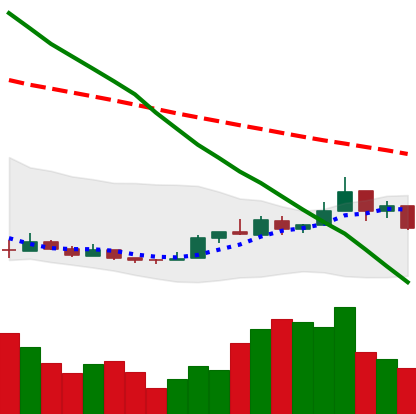
Ticker: NEO-USD
Chart end date: 2018-12-27
Forward return: 12.951%
Label: up_7plus